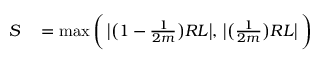
\begin{array} { r l } { S } & { { } = \operatorname* { m a x } \bigg ( \, \big | \big ( 1 - \frac { 1 } { 2 m } \big ) R L \big | , \, \big | \big ( \frac { 1 } { 2 m } \big ) R L \big | \, \bigg ) } \end{array}